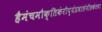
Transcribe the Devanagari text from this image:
हैमंचमौक्तिकंरौप्यंप्रवालंनीलकंतथा